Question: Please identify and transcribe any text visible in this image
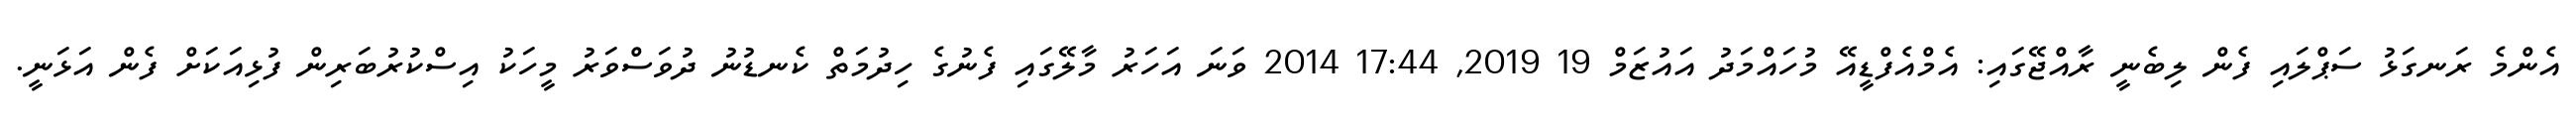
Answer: އެންމެ ރަނގަޅު ސަޕްލައި ފެން ލިބެނީ ރާއްޖޭގައި: އެމްއެފްޑީއޭ މުހައްމަދު އައުޒަމް 19 2019, 17:44 2014 ވަނަ އަހަރު މާލޭގައި ފެނުގެ ހިދުމަތް ކެނޑުނު ދުވަސްވަރު މީހަކު އިސްކުރުބަރިން ފުޅިއަކަށް ފެން އަޅަނީ.